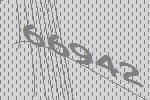
66942